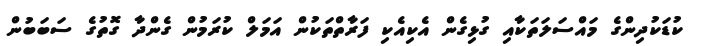
ކުޑަކުދިންގެ މައްސަލަތަކާއި ގުޅިގެން އެކިއެކި ފަރާތްތަކުން އަމަލް ކުރަމުން ގެންދާ ގޮތުގެ ސަބަބުން